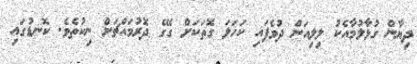
ދިޔާން ގުޅާލުމާއެކު ލިލިއަން ދުވެފައި ކަހަލަ ގޮތަކަށް ގޭގެ ދޮރުމައްޗަށް ނިކުތެވެެ. ކޮނޑުގައި